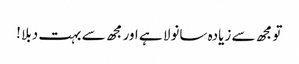
تو مجھ سے زیادہ سانولا ہے اور مجھ سے بہت دبلا !